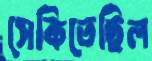
সেকিতেছিল